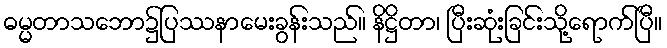
ဓမ္မတာသဘော၌ပြဿနာမေးခွန်းသည်။ နိဋ္ဌိတာ၊ ပြီးဆုံးခြင်းသို့ရောက်ပြီ။